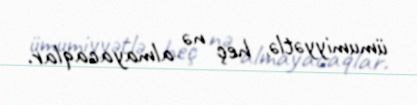
ümumiyyətlə, heç nə almayacaqlar.